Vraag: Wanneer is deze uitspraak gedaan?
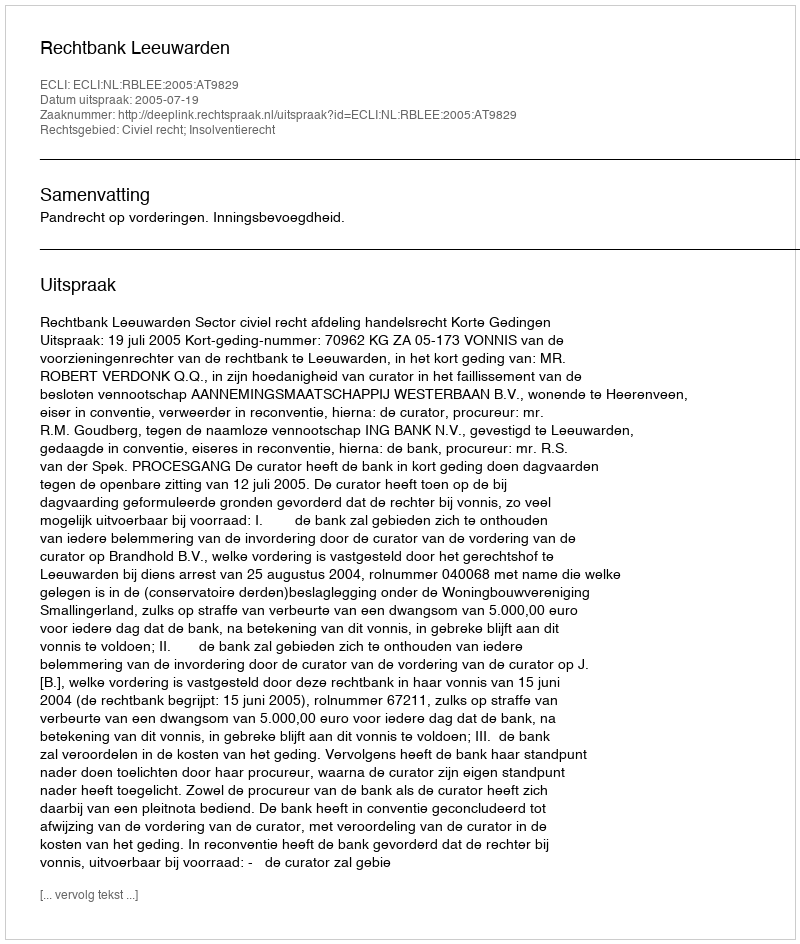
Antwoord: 2005-07-19